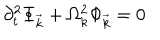
\partial _ { t } ^ { 2 } \Phi _ { \vec { k } } + \Omega _ { k } ^ { 2 } \Phi _ { \vec { k } } = 0